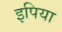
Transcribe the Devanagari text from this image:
इपिया